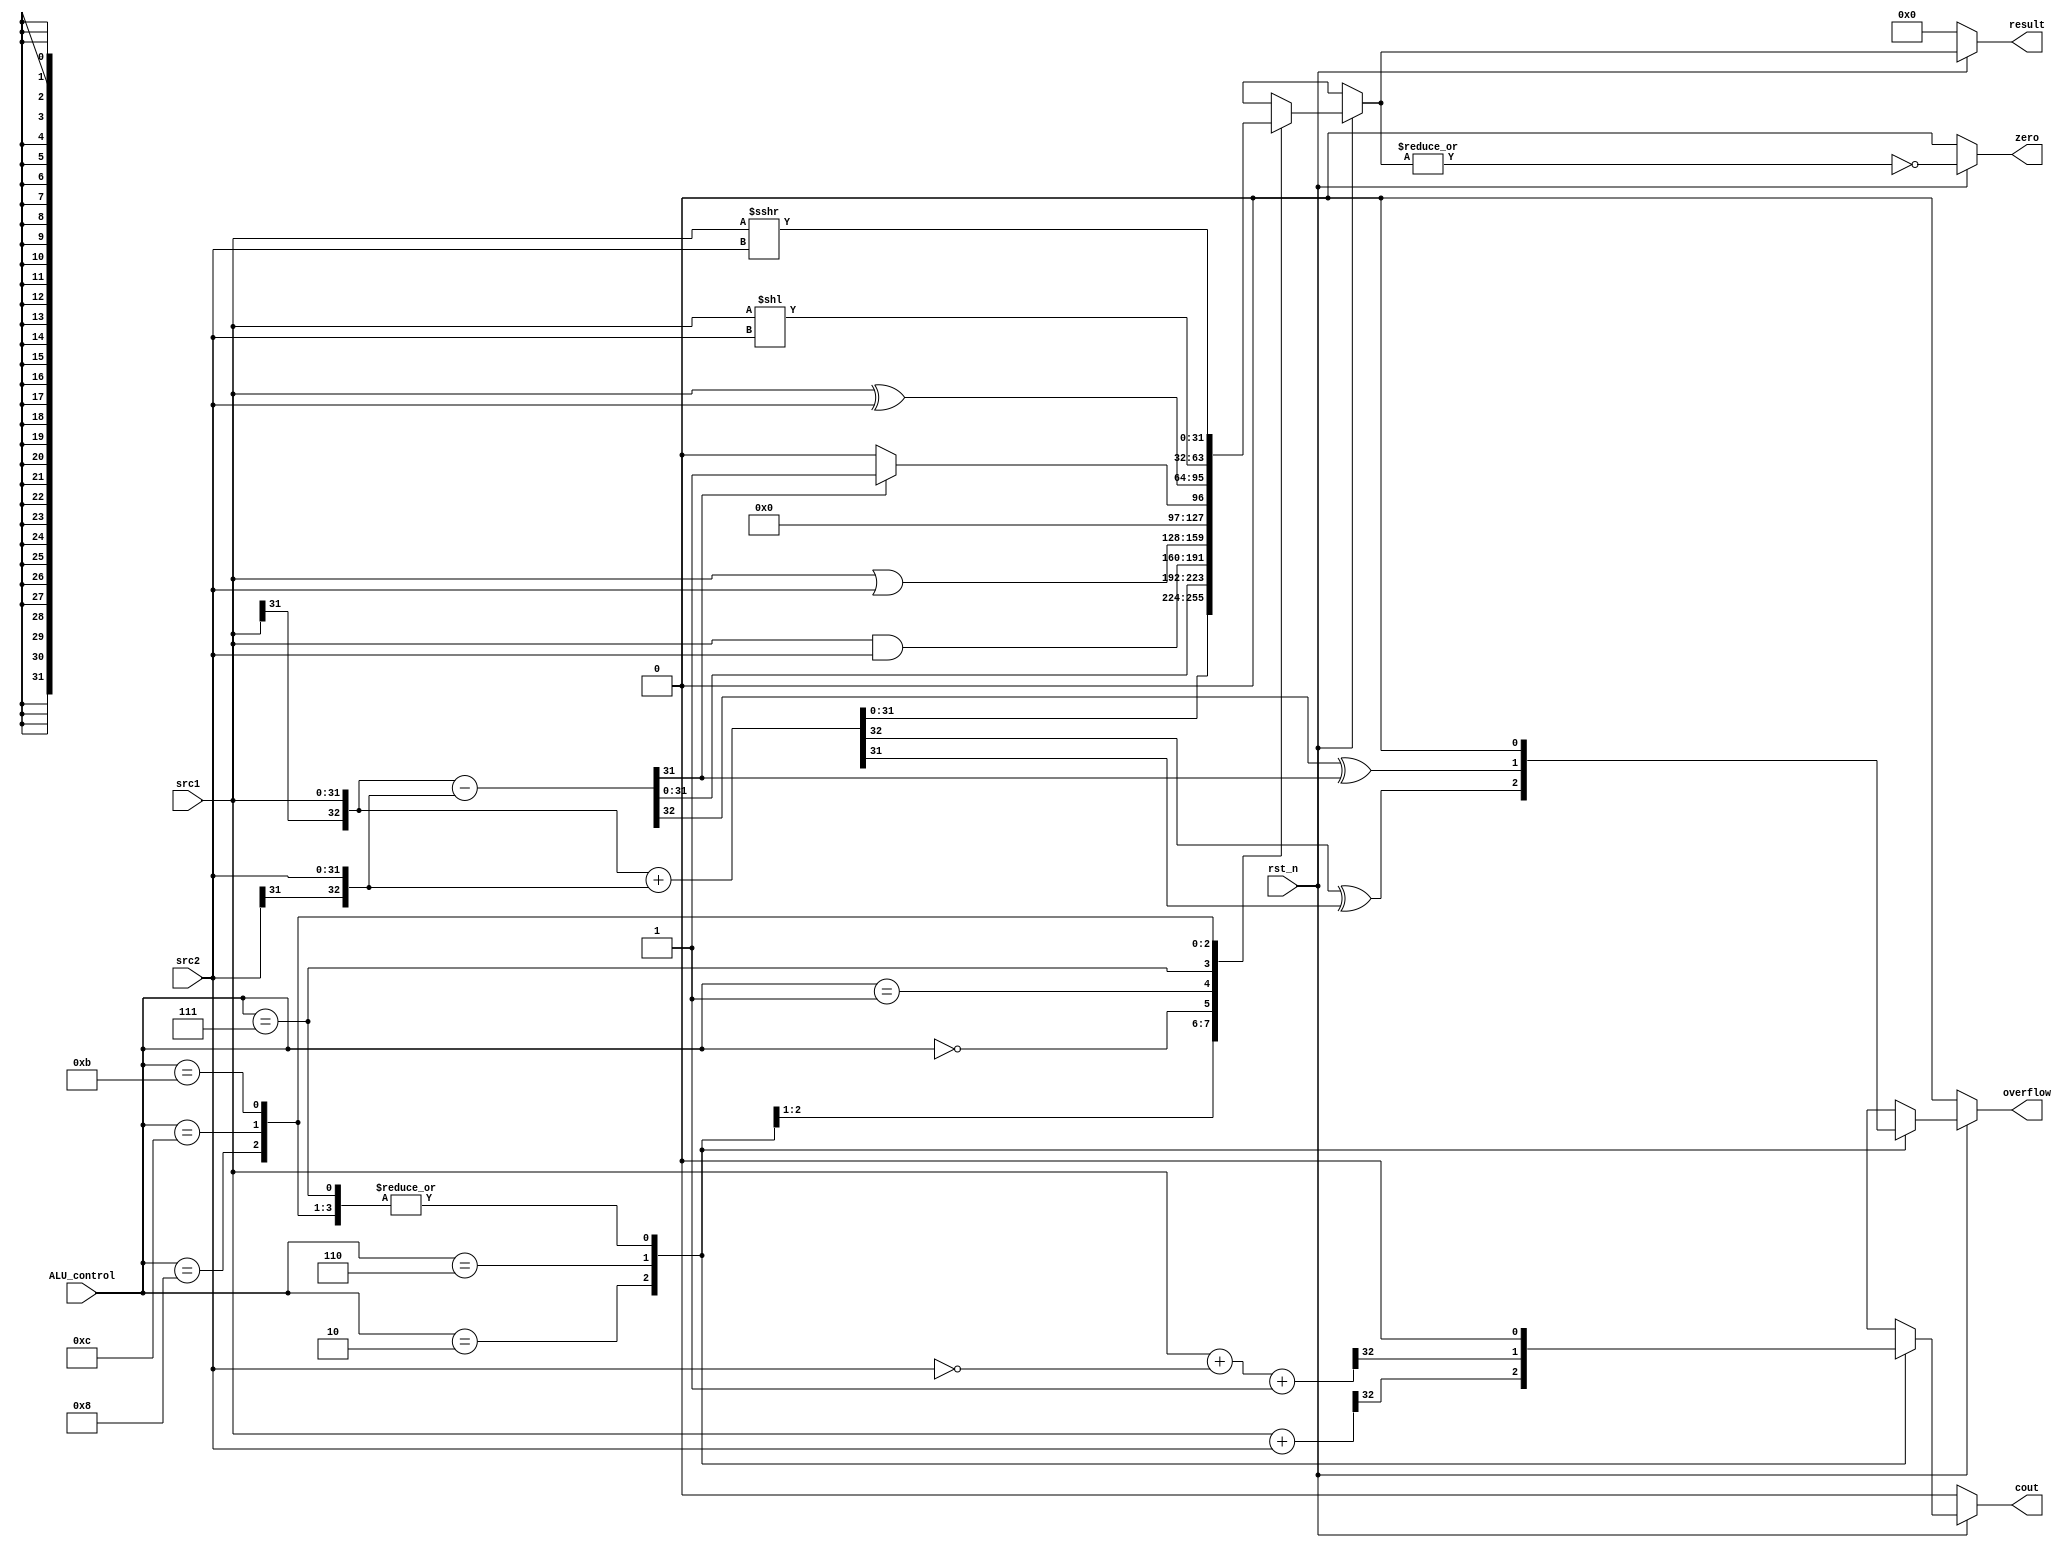
/***************************************************
Student Name:	, 	
Student ID:	0711239, 	0816038
***************************************************/
`timescale 1ns/1ps

module alu(
	input                   rst_n,         // negative reset            (input)
	input	signed    [32-1:0]	src1,          // 32 bits source 1          (input)
	input	signed     [32-1:0]	src2,          // 32 bits source 2          (input)
	input 	     [ 4-1:0] 	ALU_control,   // 4 bits ALU control input  (input)
	output reg   [32-1:0]	result,        // 32 bits result            (output)
	output reg              zero,          // 1 bit when the output is 0, zero must be set (output)
	output reg              cout,          // 1 bit carry out           (output)
	output reg              overflow       // 1 bit overflow            (output)
	);

/* Write your code HERE */
wire [33-1:0] a;
wire [33-1:0] b;
reg [33-1:0] inter_rst;
reg [32-1:0] trash;

assign a = {src1[31], src1};
assign b = {src2[31], src2};

/*
ALU_Ctrl_o = 4'b0010; //add
ALU_Ctrl_o = 4'b0111; //sub
ALU_Ctrl_o = 4'b0000; //and
ALU_Ctrl_o = 4'b0001; //or
ALU_Ctrl_o = 4'b0111; //slt
*/

always @(*) begin
	if(rst_n == 0) begin
		result = 0;
		zero = 0;
		cout = 0;
		overflow = 0;
	end	else begin
		case (ALU_control)
			4'b0010: begin
				//add
				inter_rst = a + b;
				result = inter_rst[31:0];
				overflow = inter_rst[32] ^ inter_rst[31];
				{cout, trash} = {1'b0, src1} + {1'b0, src2};
			end
			4'b0110: begin
				//sub
				inter_rst = a - b;
				result = inter_rst[31:0];
				overflow = inter_rst[32] ^ inter_rst[31];
				{cout, trash} = {1'b0, src1} + {1'b0, ~src2} + 1;
			end
			4'b0000: begin
				//and
				result = src1 & src2;
				overflow = 0;
				cout = 0;
			end
			4'b0001: begin
				//or
				result = src1 | src2;
				overflow = 0;
				cout = 0;
			end
			4'b0111: begin
				//slt
				trash = a - b;
				if(trash[31] == 1)
					result = 32'b00000000000000000000000000000001;
				else
					result = 32'b00000000000000000000000000000000;
				overflow = 0;
				cout = 0;
			end
			4'b1000: begin
				//xor
				result = src1 ^ src2;
				overflow = 0;
				cout = 0;
			end
			4'b1100: begin
				//sll
				result = src1 << src2;
				overflow = 0;
				cout = 0;
			end
			4'b1011: begin
				//sra
				result = src1 >>> src2;
				overflow = 0;
				cout = 0;
			end
			default: begin
				//not defined
				result = 32'bxxxxxxxxxxxxxxxxxxxxxxxxxxxxxxxx;
				cout = 1'bx;
				overflow = 1'bx;
			end
		endcase
		zero = ~(|result);
	end
end
endmodule